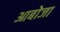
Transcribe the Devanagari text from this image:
आबोजा